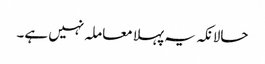
حالانکہ یہ پہلا معاملہ نہیں ہے۔